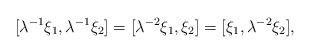
LaTeX: \begin{align*}[\lambda^{-1}\xi_1,\lambda^{-1}\xi_2]=[\lambda^{-2}\xi_1,\xi_2] = [\xi_1,\lambda^{-2}\xi_2],\end{align*}